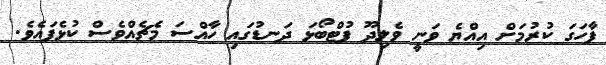
ފާހަގަ ކުރުމަށް އިއްޔެ ވަނީ ވެލިދޫ ފުޓްބޯޅަ ދަނޑުގައި ހާއްސަ މެޗެއްވެސް ކުޅެފައެވެ.